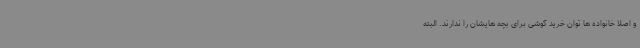
و اصلا خانواده ها توان خرید گوشی برای بچه هایشان را ندارند. البته